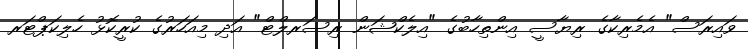
ވައިރަސް" އެމެރިކާގެ ރިޔާސީ އިންތިހާބުގެ "އިލެކްޝަން ރިސަރލްޓް" އަދި މިއަހަރުގެ ކުރީކޮޅު ހެލިކަޕްޓަރ